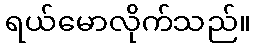
ရယ်မောလိုက်သည်။